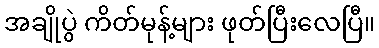
အချိုပွဲ ကိတ်မုန့်များ ဖုတ်ပြီးလေပြီ။